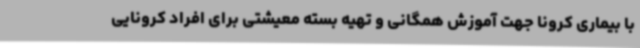
با بیماری کرونا جهت آموزش همگانی و تهیه بسته معیشتی برای افراد کرونایی